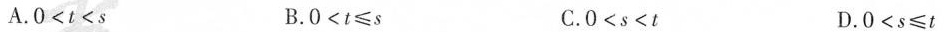
A.$$O < t < s$$ B.$$O < t ≤ s$$ C.$$O < s < t$$ D.$$0 < s ≤ t$$